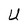
Character: U